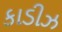
કાડીઝ